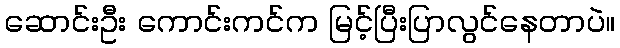
ဆောင်းဦး ကောင်းကင်က မြင့်ပြီးပြာလွင်နေတာပဲ။